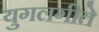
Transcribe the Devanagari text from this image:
युगलगीते